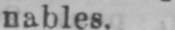
nables.